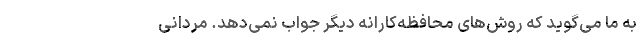
به ما می‌گوید که روش‌های محافظه‌کارانه دیگر جواب نمی‌دهد. مردانی